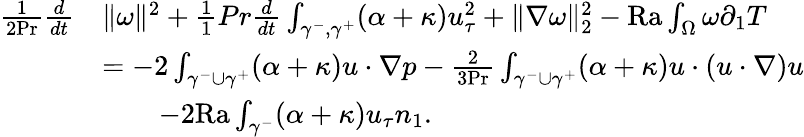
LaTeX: \begin{array}{rl}{\frac{1}{2\mathrm{Pr}}\frac{d}{dt}}&{\| \omega\| ^{2}+\frac{1}{1}{{Pr}}\frac{d}{dt}\int_{\gamma^{-},\gamma^{+}}(\alpha+\kappa)u_{\tau}^{2}+\| \nabla\omega\| _{2}^{2}-\mathrm{{Ra}}\int_{\Omega}\omega\partial_{1}T}\\ &{=-2\int_{\gamma^{-}\cup\gamma^{+}}(\alpha+\kappa)u\cdot\nabla p-\frac{2}{3\mathrm{Pr}}\int_{\gamma^{-}\cup\gamma^{+}}(\alpha+\kappa)u\cdot(u\cdot\nabla)u}\\ &{\qquad-2\mathrm{{Ra}}\int_{\gamma^{-}}(\alpha+\kappa)u_{\tau}n_{1}.}\end{array}